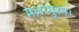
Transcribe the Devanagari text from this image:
मलप्पुरम।